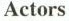
Actors